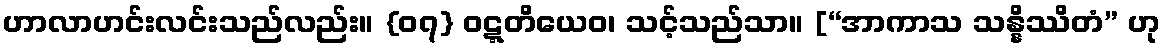
ဟာလာဟင်းလင်းသည်လည်း။ {၀၇} ဝဋ္ဋတိယေဝ၊ သင့်သည်သာ။ [“အာကာသ သန္နိဿိတံ” ဟု